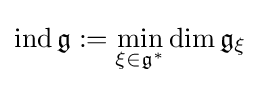
\operatorname {ind} {\mathfrak {g}}:=\min \limits _{\xi \in {\mathfrak {g}}^{*}}\dim {\mathfrak {g}}_{\xi }